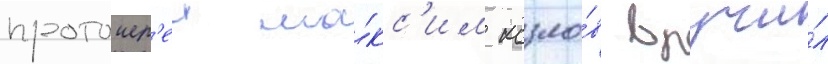
протоиер'еи ма́кс'им козло́в вручи́л